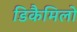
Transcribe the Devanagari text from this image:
डिकैमिलो